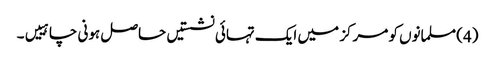
(4) مسلمانوں کو مرکز میں ایک تہائی نشستیں حاصل ہونی چاہییں۔